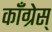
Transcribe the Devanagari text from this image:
कॉँँग्रेस्